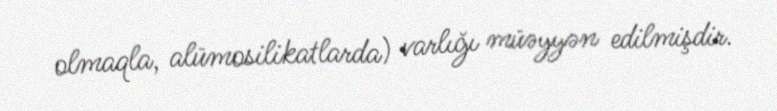
olmaqla, alümosilikatlarda) varlığı müəyyən edilmişdir.